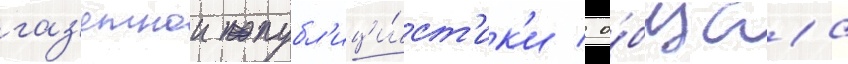
газ'етнои публ'ици́ст'ик'и / о́бщаа